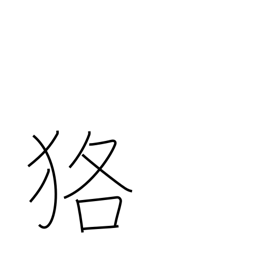
Meaning: badger